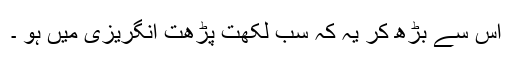
اس سے بڑھ کر یہ کہ سب لکھت پڑھت انگریزی میں ہو ۔